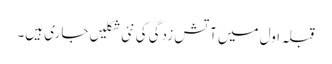
قبلہ اول میں آتش زدگی کی نئی شکلیں جاری ہیں۔